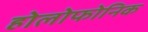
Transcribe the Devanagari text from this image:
होलोफोनिक